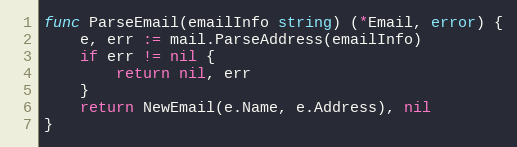
Language: Go
func ParseEmail(emailInfo string) (*Email, error) {
	e, err := mail.ParseAddress(emailInfo)
	if err != nil {
		return nil, err
	}
	return NewEmail(e.Name, e.Address), nil
}